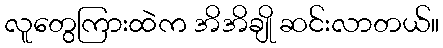
လူတွေကြားထဲက အိအိချို ဆင်းလာတယ်။